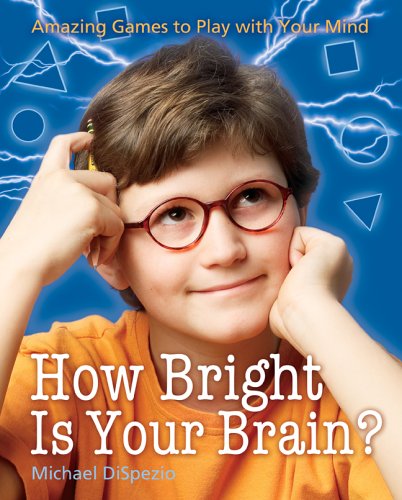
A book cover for How Bright Is Your Brain?: Amazing Games to Play with Your Mind; Michael A. DiSpezio; Engineering & Transportation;